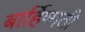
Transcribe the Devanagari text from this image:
बार्हिष्मती